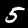
Label: 5